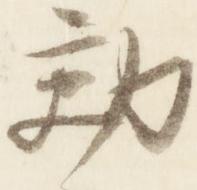
効